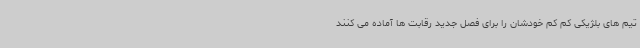
تیم های بلژیکی کم کم خودشان را برای فصل جدید رقابت ها آماده می کنند